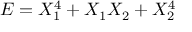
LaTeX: E = X _ { 1 } ^ { 4 } + X _ { 1 } X _ { 2 } + X _ { 2 } ^ { 4 }